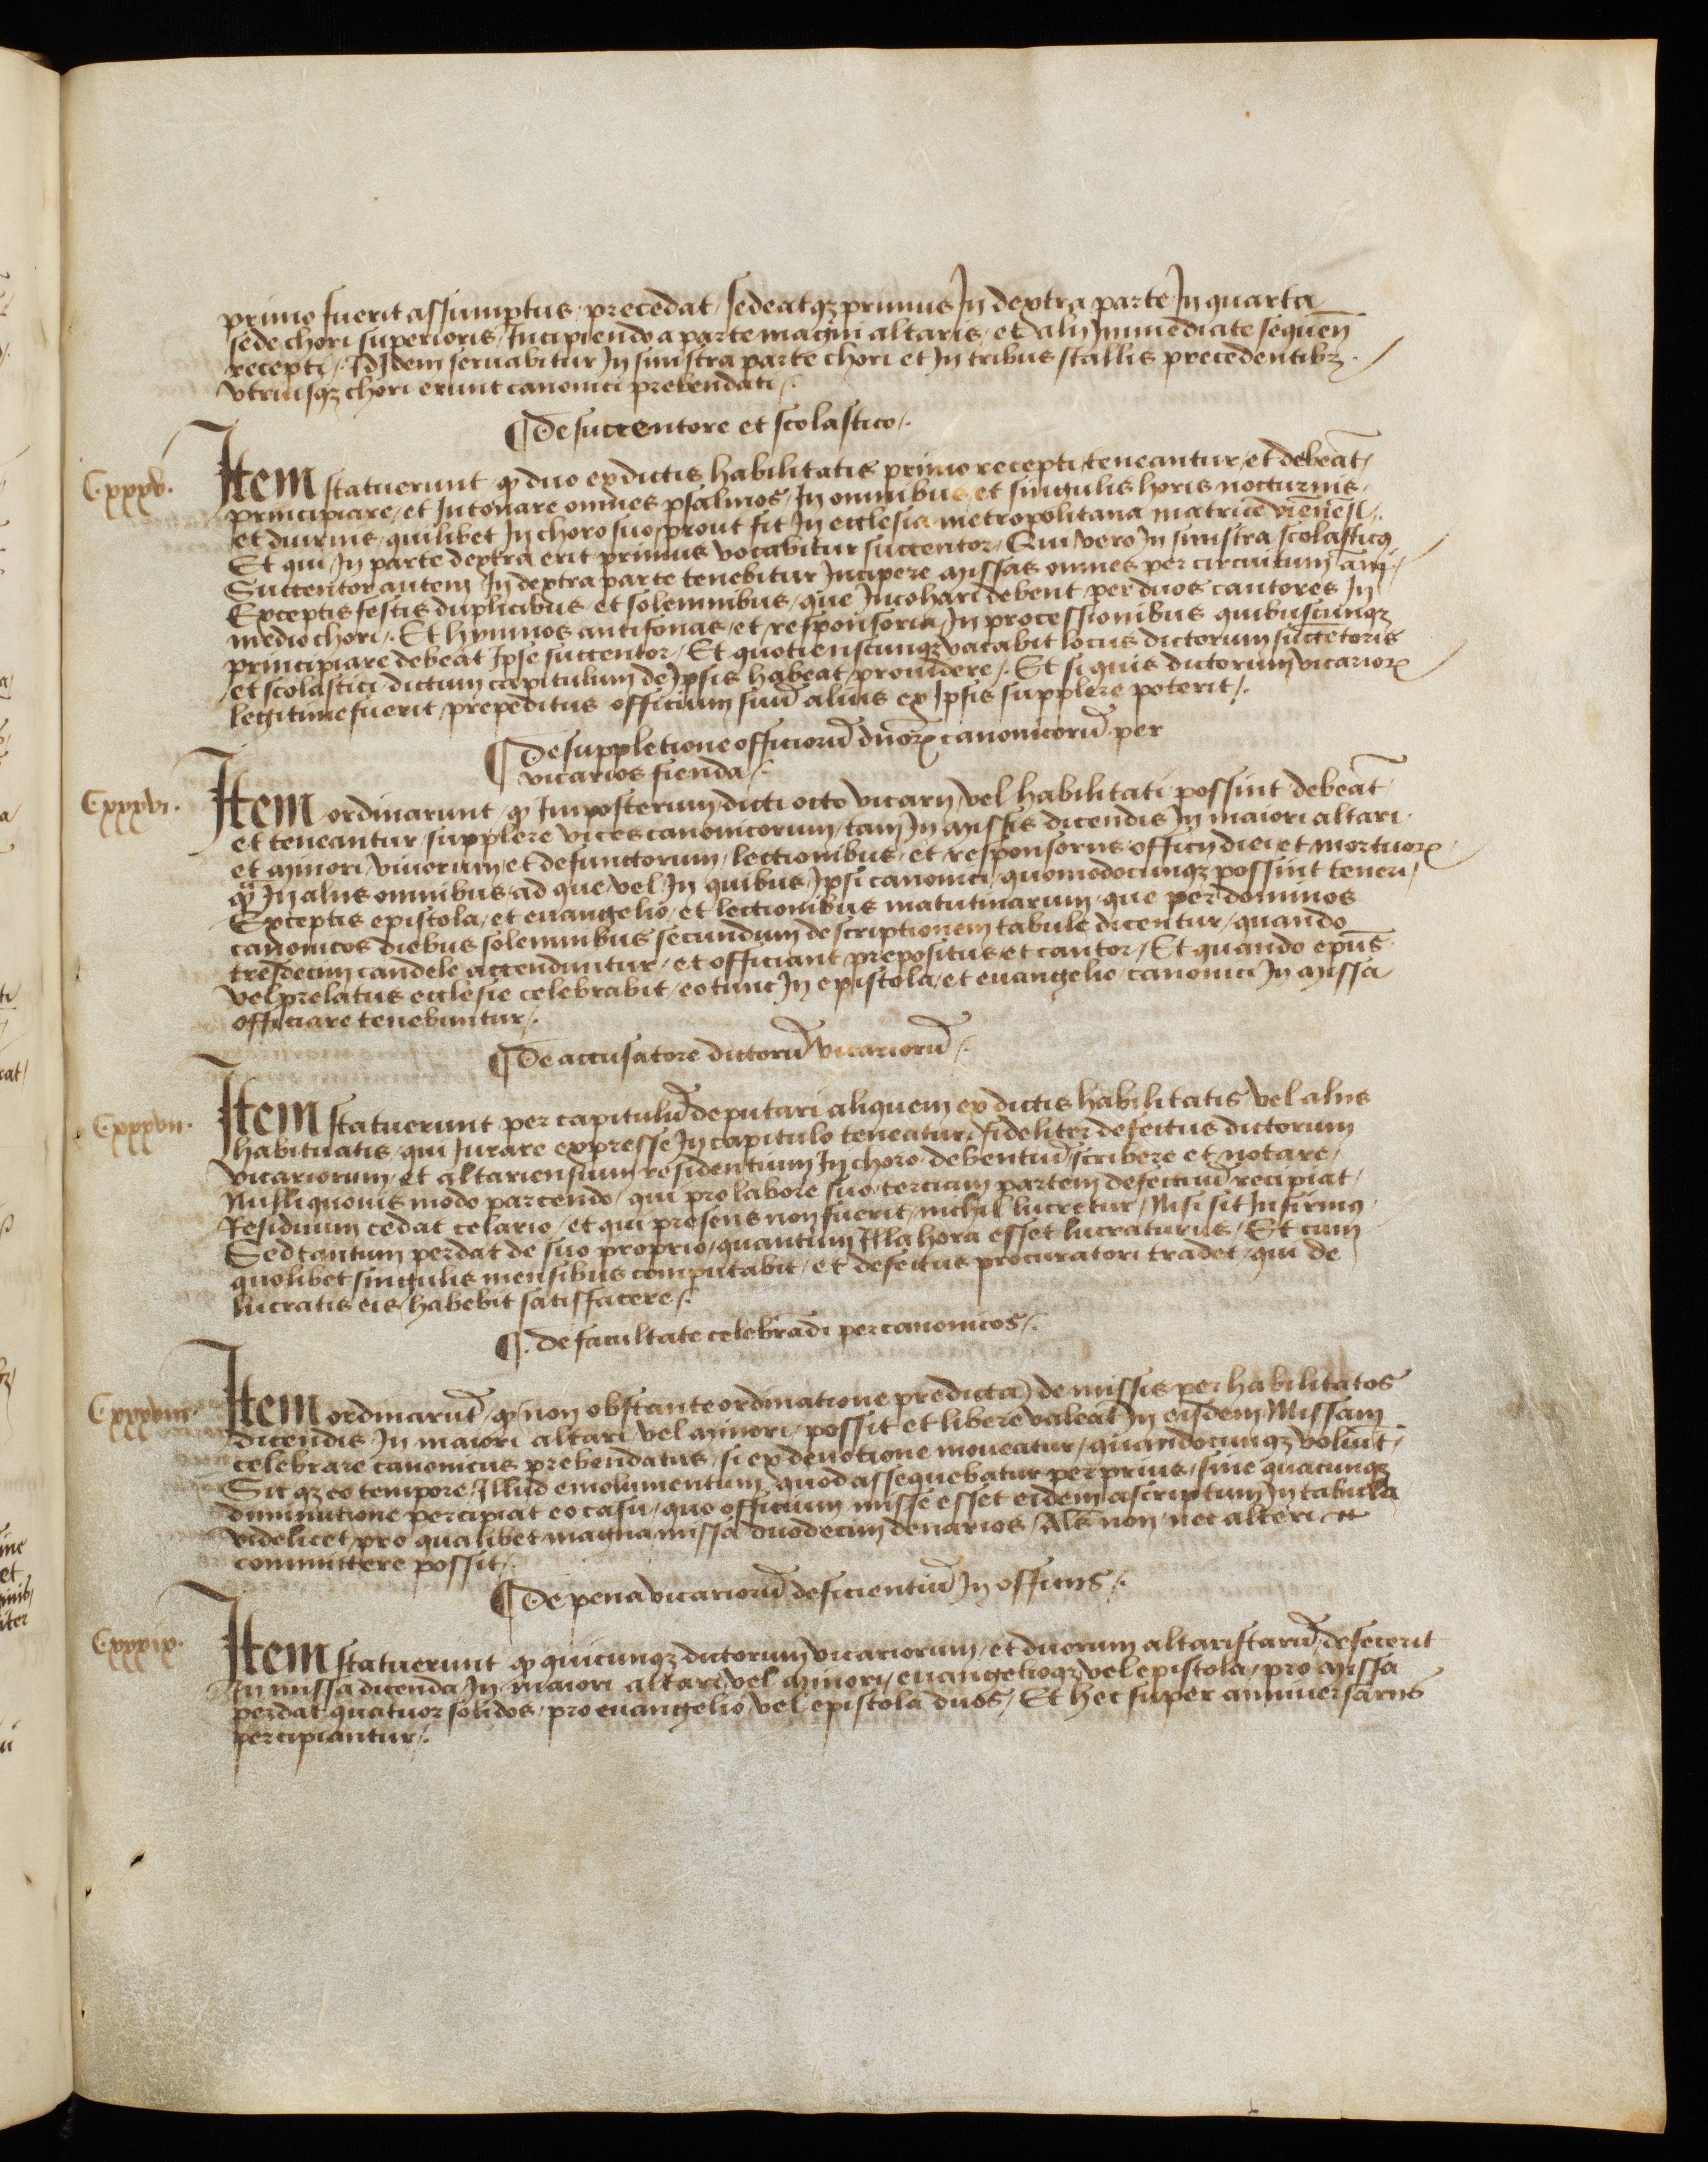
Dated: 1483–1490